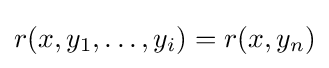
r(x,y_{1},\dots ,y_{i})=r(x,y_{n})